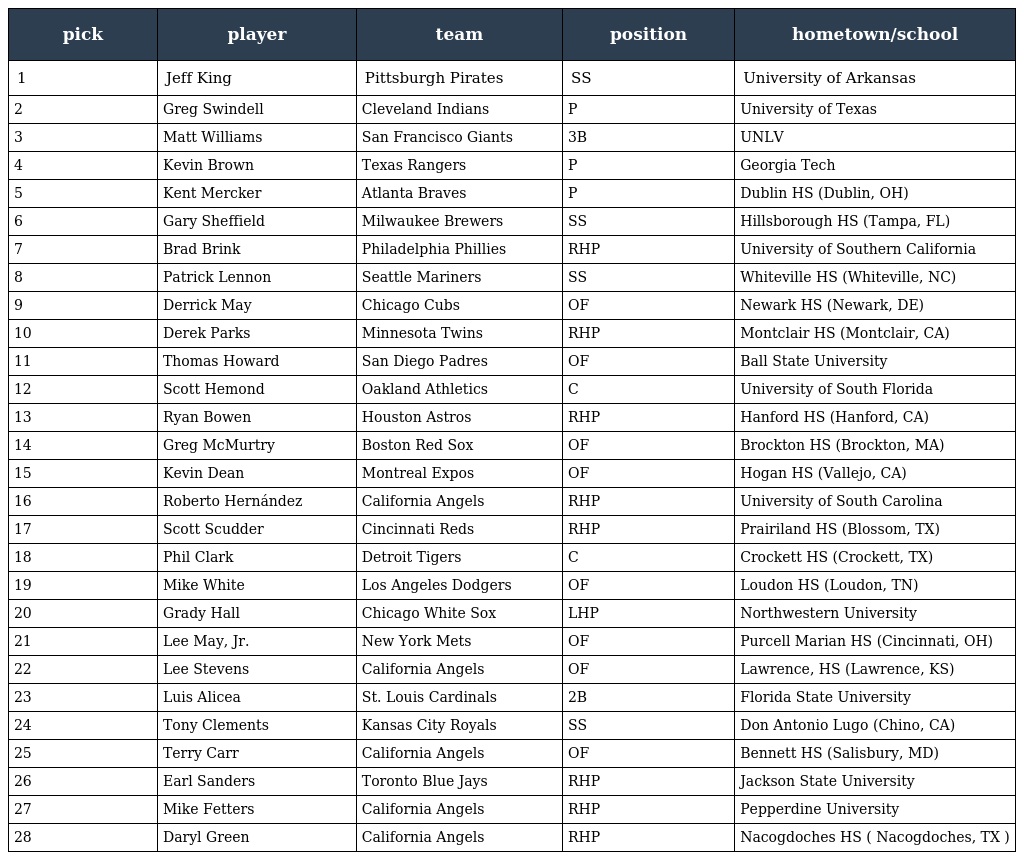
| pick | player | team | position | hometown/school |
 | --- | --- | --- | --- | --- |
 | 1 | Jeff King | Pittsburgh Pirates | SS | University of Arkansas |
 | 2 | Greg Swindell | Cleveland Indians | P | University of Texas |
 | 3 | Matt Williams | San Francisco Giants | 3B | UNLV |
 | 4 | Kevin Brown | Texas Rangers | P | Georgia Tech |
 | 5 | Kent Mercker | Atlanta Braves | P | Dublin HS (Dublin, OH) |
 | 6 | Gary Sheffield | Milwaukee Brewers | SS | Hillsborough HS (Tampa, FL) |
 | 7 | Brad Brink | Philadelphia Phillies | RHP | University of Southern California |
 | 8 | Patrick Lennon | Seattle Mariners | SS | Whiteville HS (Whiteville, NC) |
 | 9 | Derrick May | Chicago Cubs | OF | Newark HS (Newark, DE) |
 | 10 | Derek Parks | Minnesota Twins | RHP | Montclair HS (Montclair, CA) |
 | 11 | Thomas Howard | San Diego Padres | OF | Ball State University |
 | 12 | Scott Hemond | Oakland Athletics | C | University of South Florida |
 | 13 | Ryan Bowen | Houston Astros | RHP | Hanford HS (Hanford, CA) |
 | 14 | Greg McMurtry | Boston Red Sox | OF | Brockton HS (Brockton, MA) |
 | 15 | Kevin Dean | Montreal Expos | OF | Hogan HS (Vallejo, CA) |
 | 16 | Roberto Hernández | California Angels | RHP | University of South Carolina |
 | 17 | Scott Scudder | Cincinnati Reds | RHP | Prairiland HS (Blossom, TX) |
 | 18 | Phil Clark | Detroit Tigers | C | Crockett HS (Crockett, TX) |
 | 19 | Mike White | Los Angeles Dodgers | OF | Loudon HS (Loudon, TN) |
 | 20 | Grady Hall | Chicago White Sox | LHP | Northwestern University |
 | 21 | Lee May, Jr. | New York Mets | OF | Purcell Marian HS (Cincinnati, OH) |
 | 22 | Lee Stevens | California Angels | OF | Lawrence, HS (Lawrence, KS) |
 | 23 | Luis Alicea | St. Louis Cardinals | 2B | Florida State University |
 | 24 | Tony Clements | Kansas City Royals | SS | Don Antonio Lugo (Chino, CA) |
 | 25 | Terry Carr | California Angels | OF | Bennett HS (Salisbury, MD) |
 | 26 | Earl Sanders | Toronto Blue Jays | RHP | Jackson State University |
 | 27 | Mike Fetters | California Angels | RHP | Pepperdine University |
 | 28 | Daryl Green | California Angels | RHP | Nacogdoches HS ( Nacogdoches, TX ) |